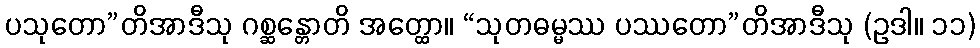
ပသုတော”တိအာဒီသု ဂစ္ဆန္တောတိ အတ္ထော။ “သုတဓမ္မဿ ပဿတော”တိအာဒီသု (ဥဒါ။ ၁၁)